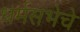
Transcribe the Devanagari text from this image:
धर्मसभेचे